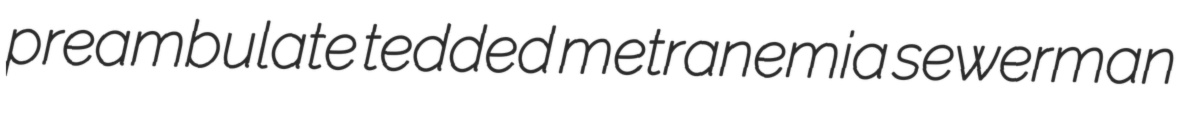
preambulate tedded metranemia sewerman